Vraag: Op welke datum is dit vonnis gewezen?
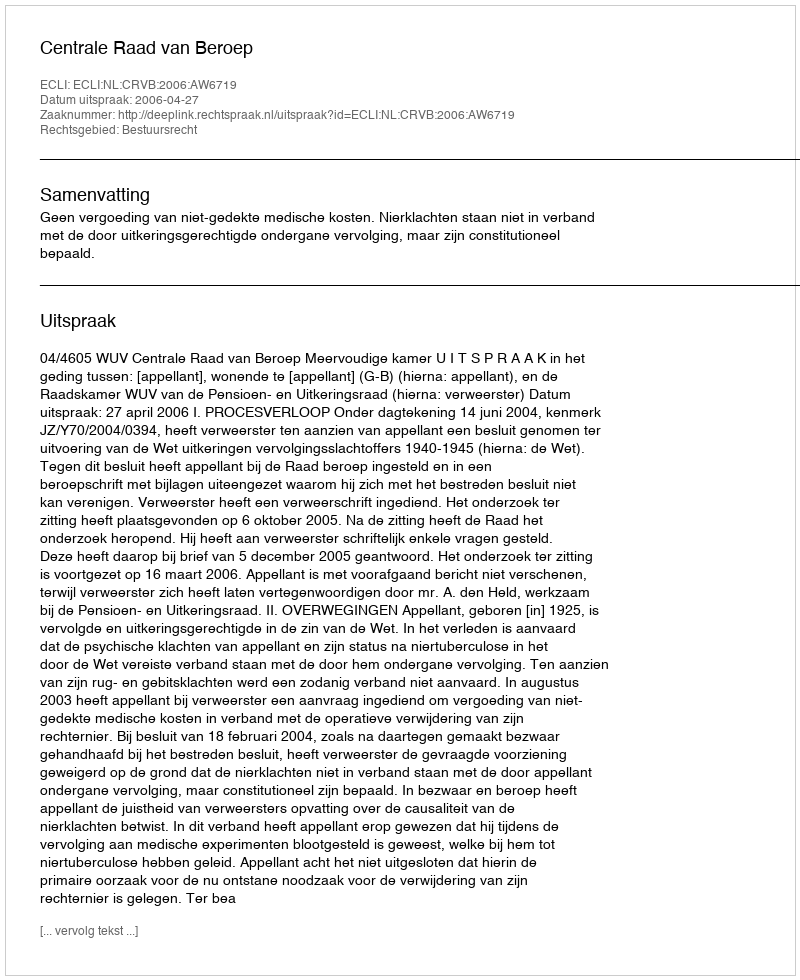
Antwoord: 2006-04-27